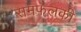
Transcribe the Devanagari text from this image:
समफलकी